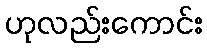
ဟုလည်းကောင်း